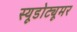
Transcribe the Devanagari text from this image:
स्यूडोट्यूमर